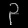
Digit: ၃